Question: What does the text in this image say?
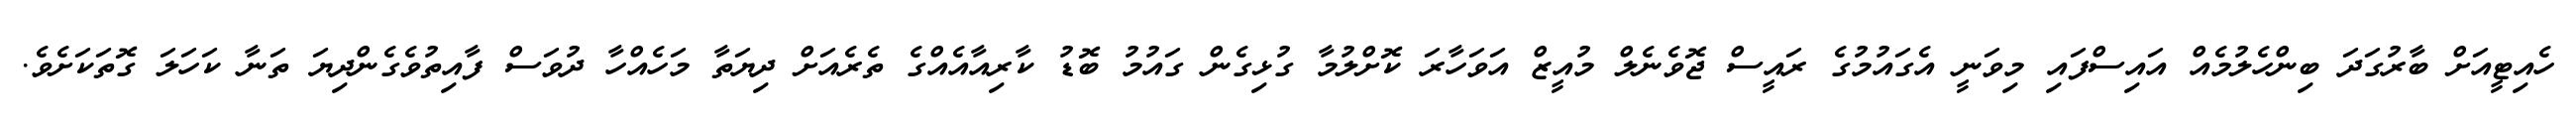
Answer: ހެއިޓީއަށް ބާރުގަދަ ބިންހެލުމެއް އައިސްފައި މިވަނީ އެގައުމުގެ ރައީސް ޖޮވެނެލް މުއީޒް އަވަހާރަ ކޮށްލުމާ ގުޅިގެން ގައުމު ބޮޑު ކާރިއާއެއްގެ ތެރެއަށް ދިޔަތާ މަހެއްހާ ދުވަސް ފާއިތުވެގެންދިޔަ ތަނާ ކަހަލަ ގޮތަކަށެވެ.